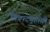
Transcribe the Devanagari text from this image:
चित्रपटगृहांची